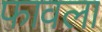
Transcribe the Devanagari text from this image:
फावला